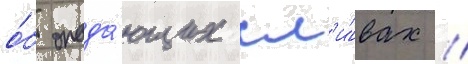
о́б опада́ющих сл'и́вах //